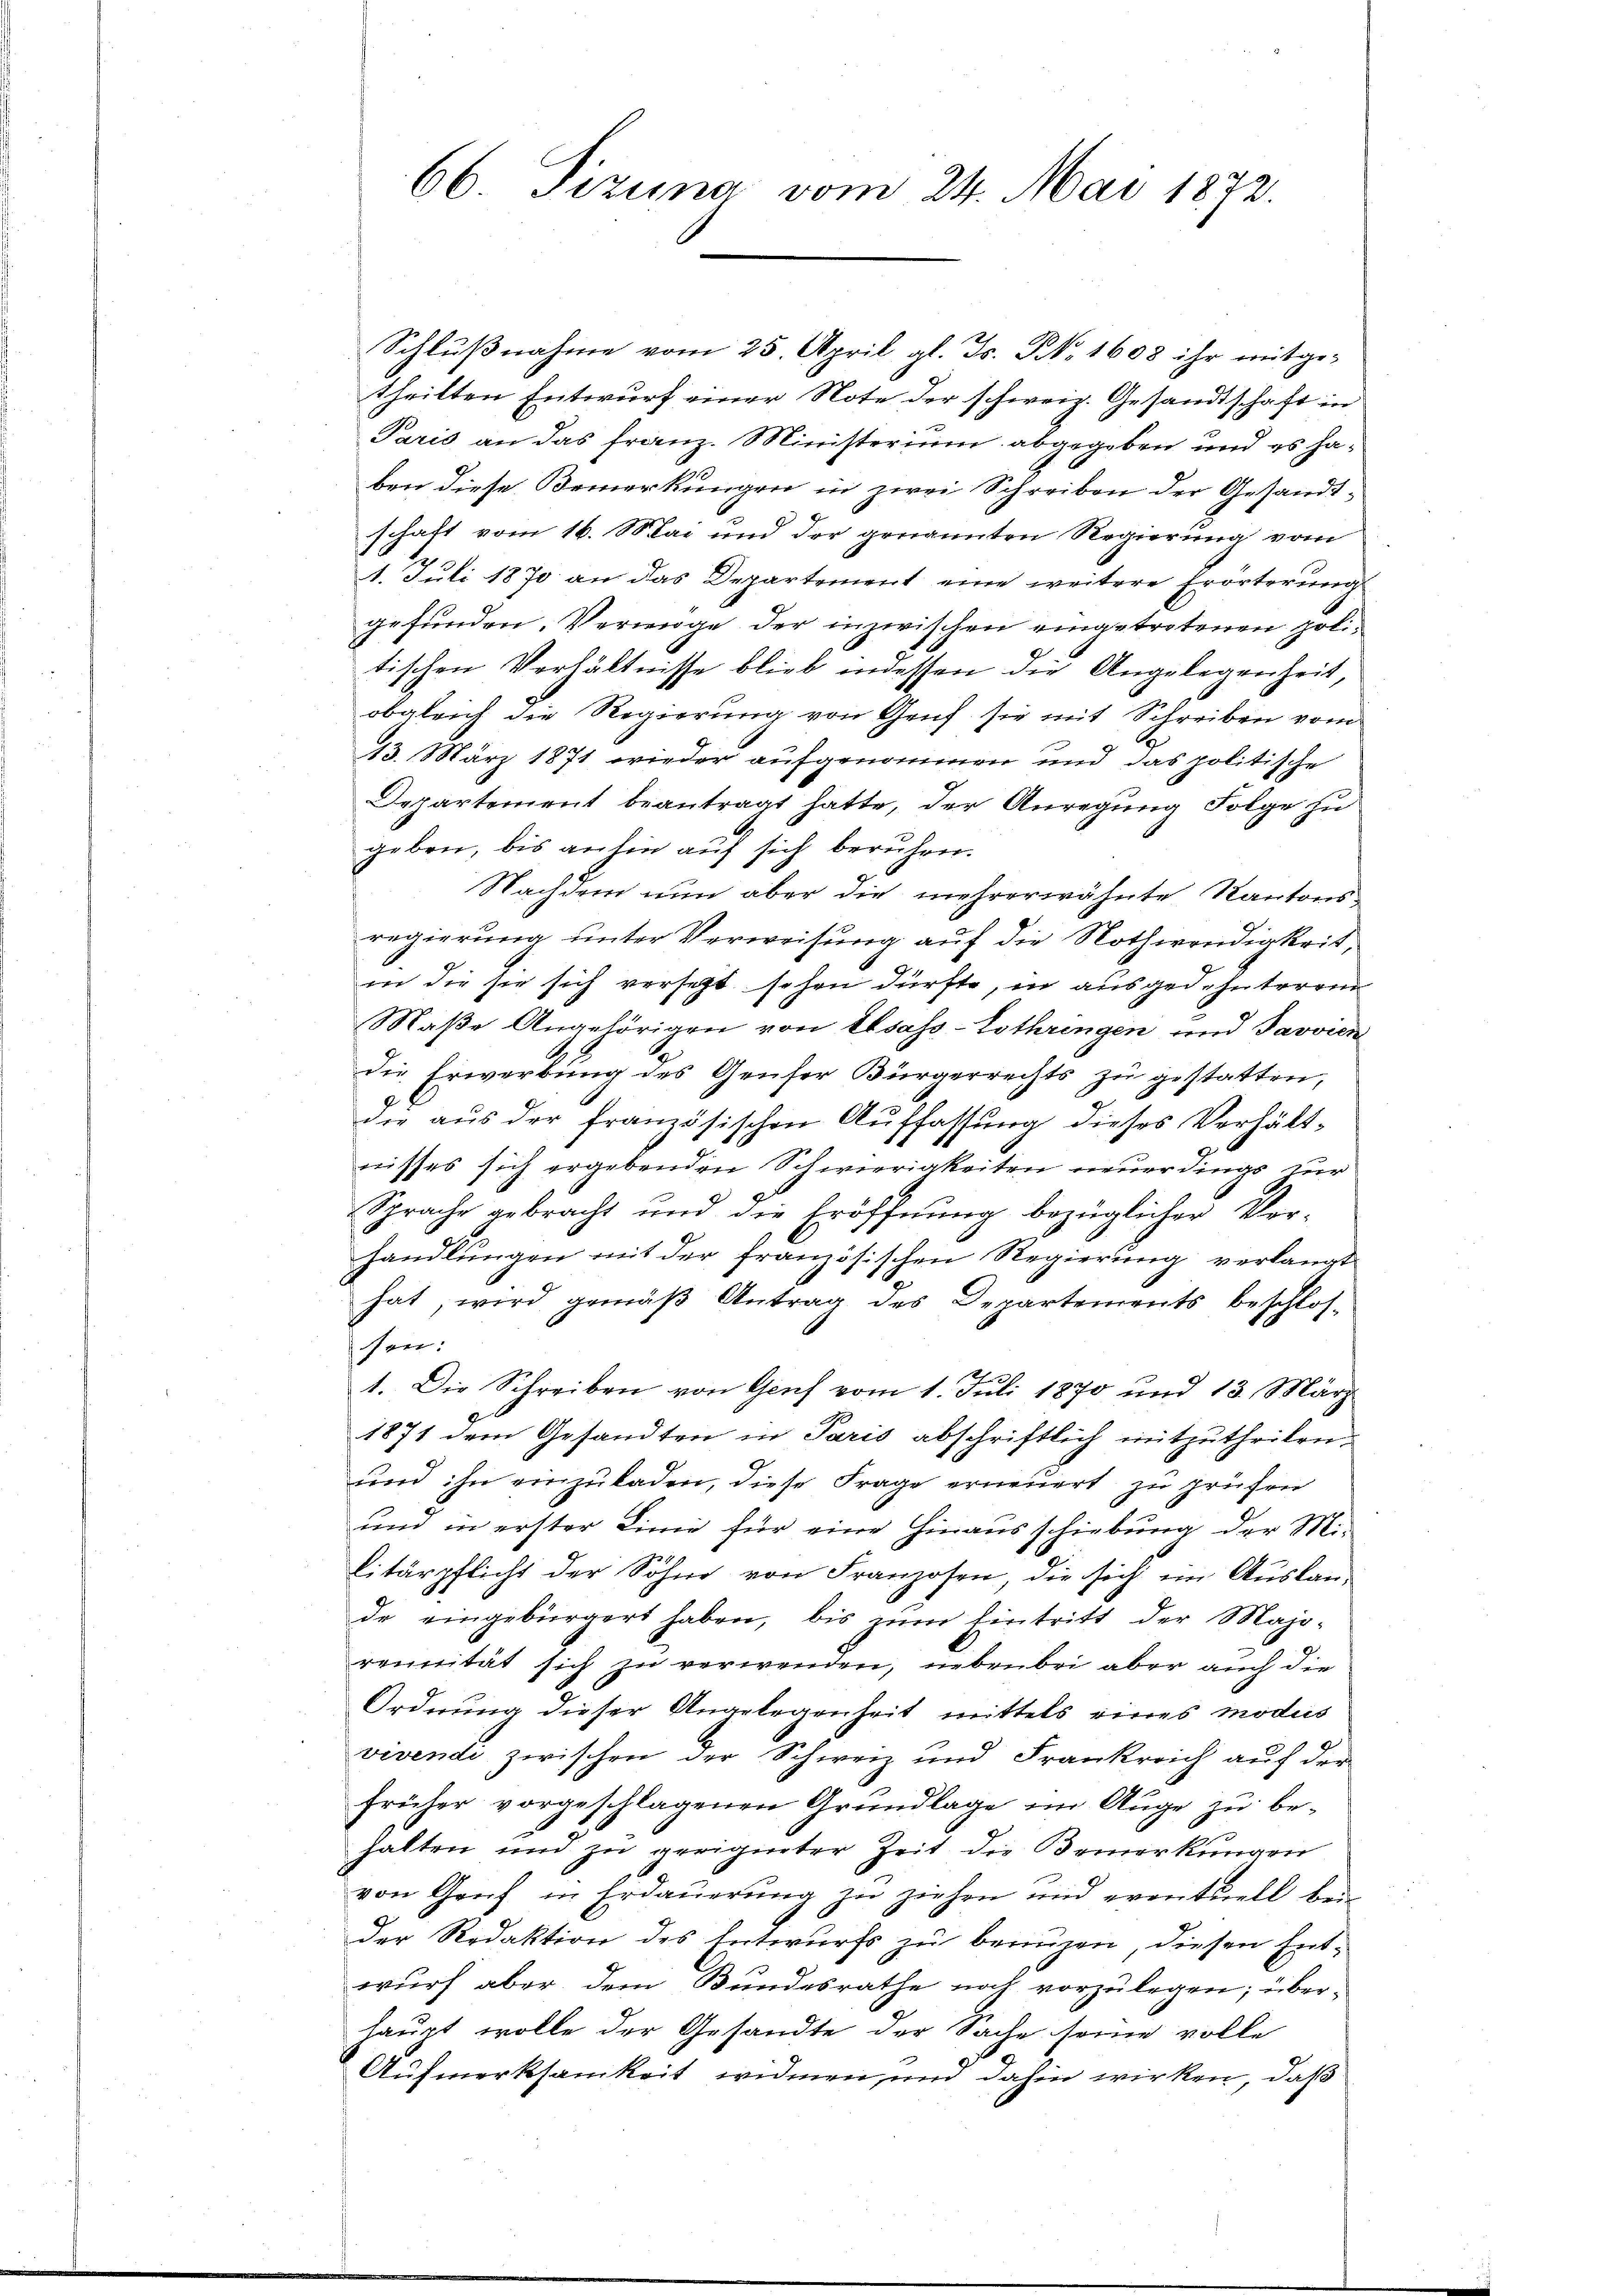
Schlußnahme vom 25. April gl. Js. Nr. 1608 ihr mitge-
theilten Entwurf einer Note der schweiz. Gesandtschaft in
Paris an das Franz. Ministerium abgegeben und es haben diese Bemerkungen in zwei Schreiben der Gesandtschaft vom 16. Mai und der genannten Regierung vom
1. Juli 1870 an das Departement eine weitere Erörterung
gefunden. Vermöge der inzwischen eingetretenen politischen Verhältnisse blieb indessen die Angelegenheit,
obgleich die Regierung von Genf sie mit Schreiben vom
13. März 1871 wieder aufgenommen und das politische
Departement beantragt hatte, der Anregung Folge zu
geben, bis anhin auf sich beruhen.
Nachdem nun aber die mehrerwähnte Kantonsregierung unter Verweisung auf die Nothwendigkeit,
in die sie sich versetzt sehen dürfte, in ausgedehnteren
Maße Angehörigen von Elsass-Lothringen und Javvien
die Erwerbung des Genfer Bürgerrechts zu gestatten,
die aus der französischen Auffassung dieses Verhält-
nisses sich ergebenden Schwierigkeiten neuerdings zur
Sprache gebracht und die Eröffnŭng bezüglicher Ver-
handlŭngen mit der französischen Regierŭng verlangt
hat, wird gemäß Antrag des Departements beschlossen:
1. Die Schreiben von Genf vom 1. Juli 1870 und 13. März
1871 dem Gesandten in Paris abschriftlich mitzutheilen.
und ihn einzuladen, diese Frage erneuert zu prüfen
und in erster Linie für eine hinaus schiebung der Militärpflicht der Söhne von Franzosen, die sich ein Auslande eingebürgert haben, bis zŭm Eintritt der Majo-
reinität sich zu verwenden, nebenbei aber auch die
Ordnung dieser Angelegenheit mittels eines modus
vivende zwischen der Schweiz und Frankreich auf der
früher vorgeschlagenen Grundlage im Auge zu behalten und zu geeigneter Zeit die Bemerkungen
von Genf in Erdaŭerŭng zŭ ziehen und eventuell bei
der Redaktion des Entwurfs zu benuzen, diesen Ent-
wurf aber dem Bundesrathe noch vorzulegen; überhaupt wolle der Gesandte der Sache seine volle
Aufmerksamkeit widmen, und dahin wirken, daß

66 Tizung vom 24. Mai 1872.